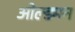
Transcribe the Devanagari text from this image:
ओल्ड्मन